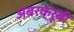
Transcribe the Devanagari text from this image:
अबरक्रूबी